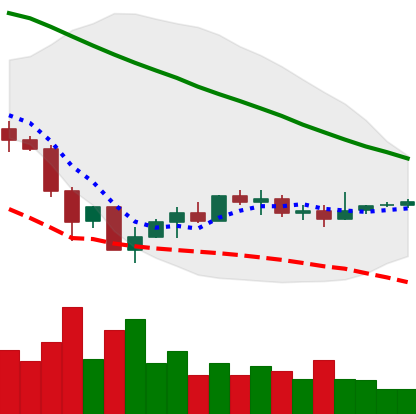
Ticker: EOS-USD
Chart end date: 2019-12-08
Forward return: -4.792%
Label: down_3_5